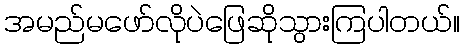
အမည်မဖော်လိုပဲဖြေဆိုသွားကြပါတယ်။